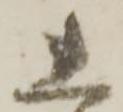
し